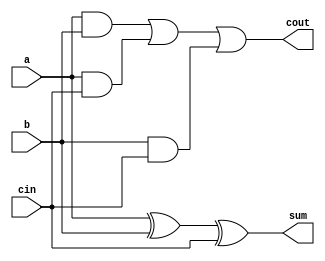
module full_adder(input wire a, input wire b, input wire cin, output wire sum, output wire cout);
    assign sum = a ^ b ^ cin;
    assign cout = (a & b) | (a & cin) | (b & cin);
endmodule